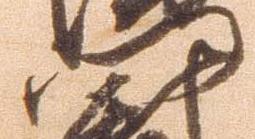
門